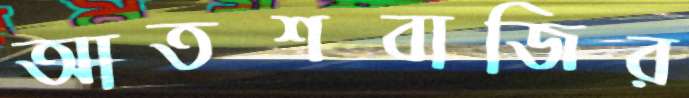
আতশবাজির